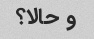
و حالا؟